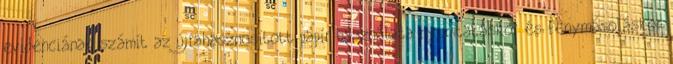
evidenciának számít az újrahasznosított papír használata nyomtatáskor és fénymásoláskor